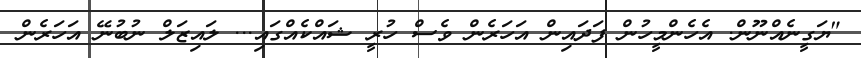
"ޔަގީނެއްނޫން. އެހެންމީހުން ފަދައިން އަހަރެން ވެސް ހުރީ ޝައްކެއްގައި... ލައިޒަލް ނުބުނޭ އަހަރެން